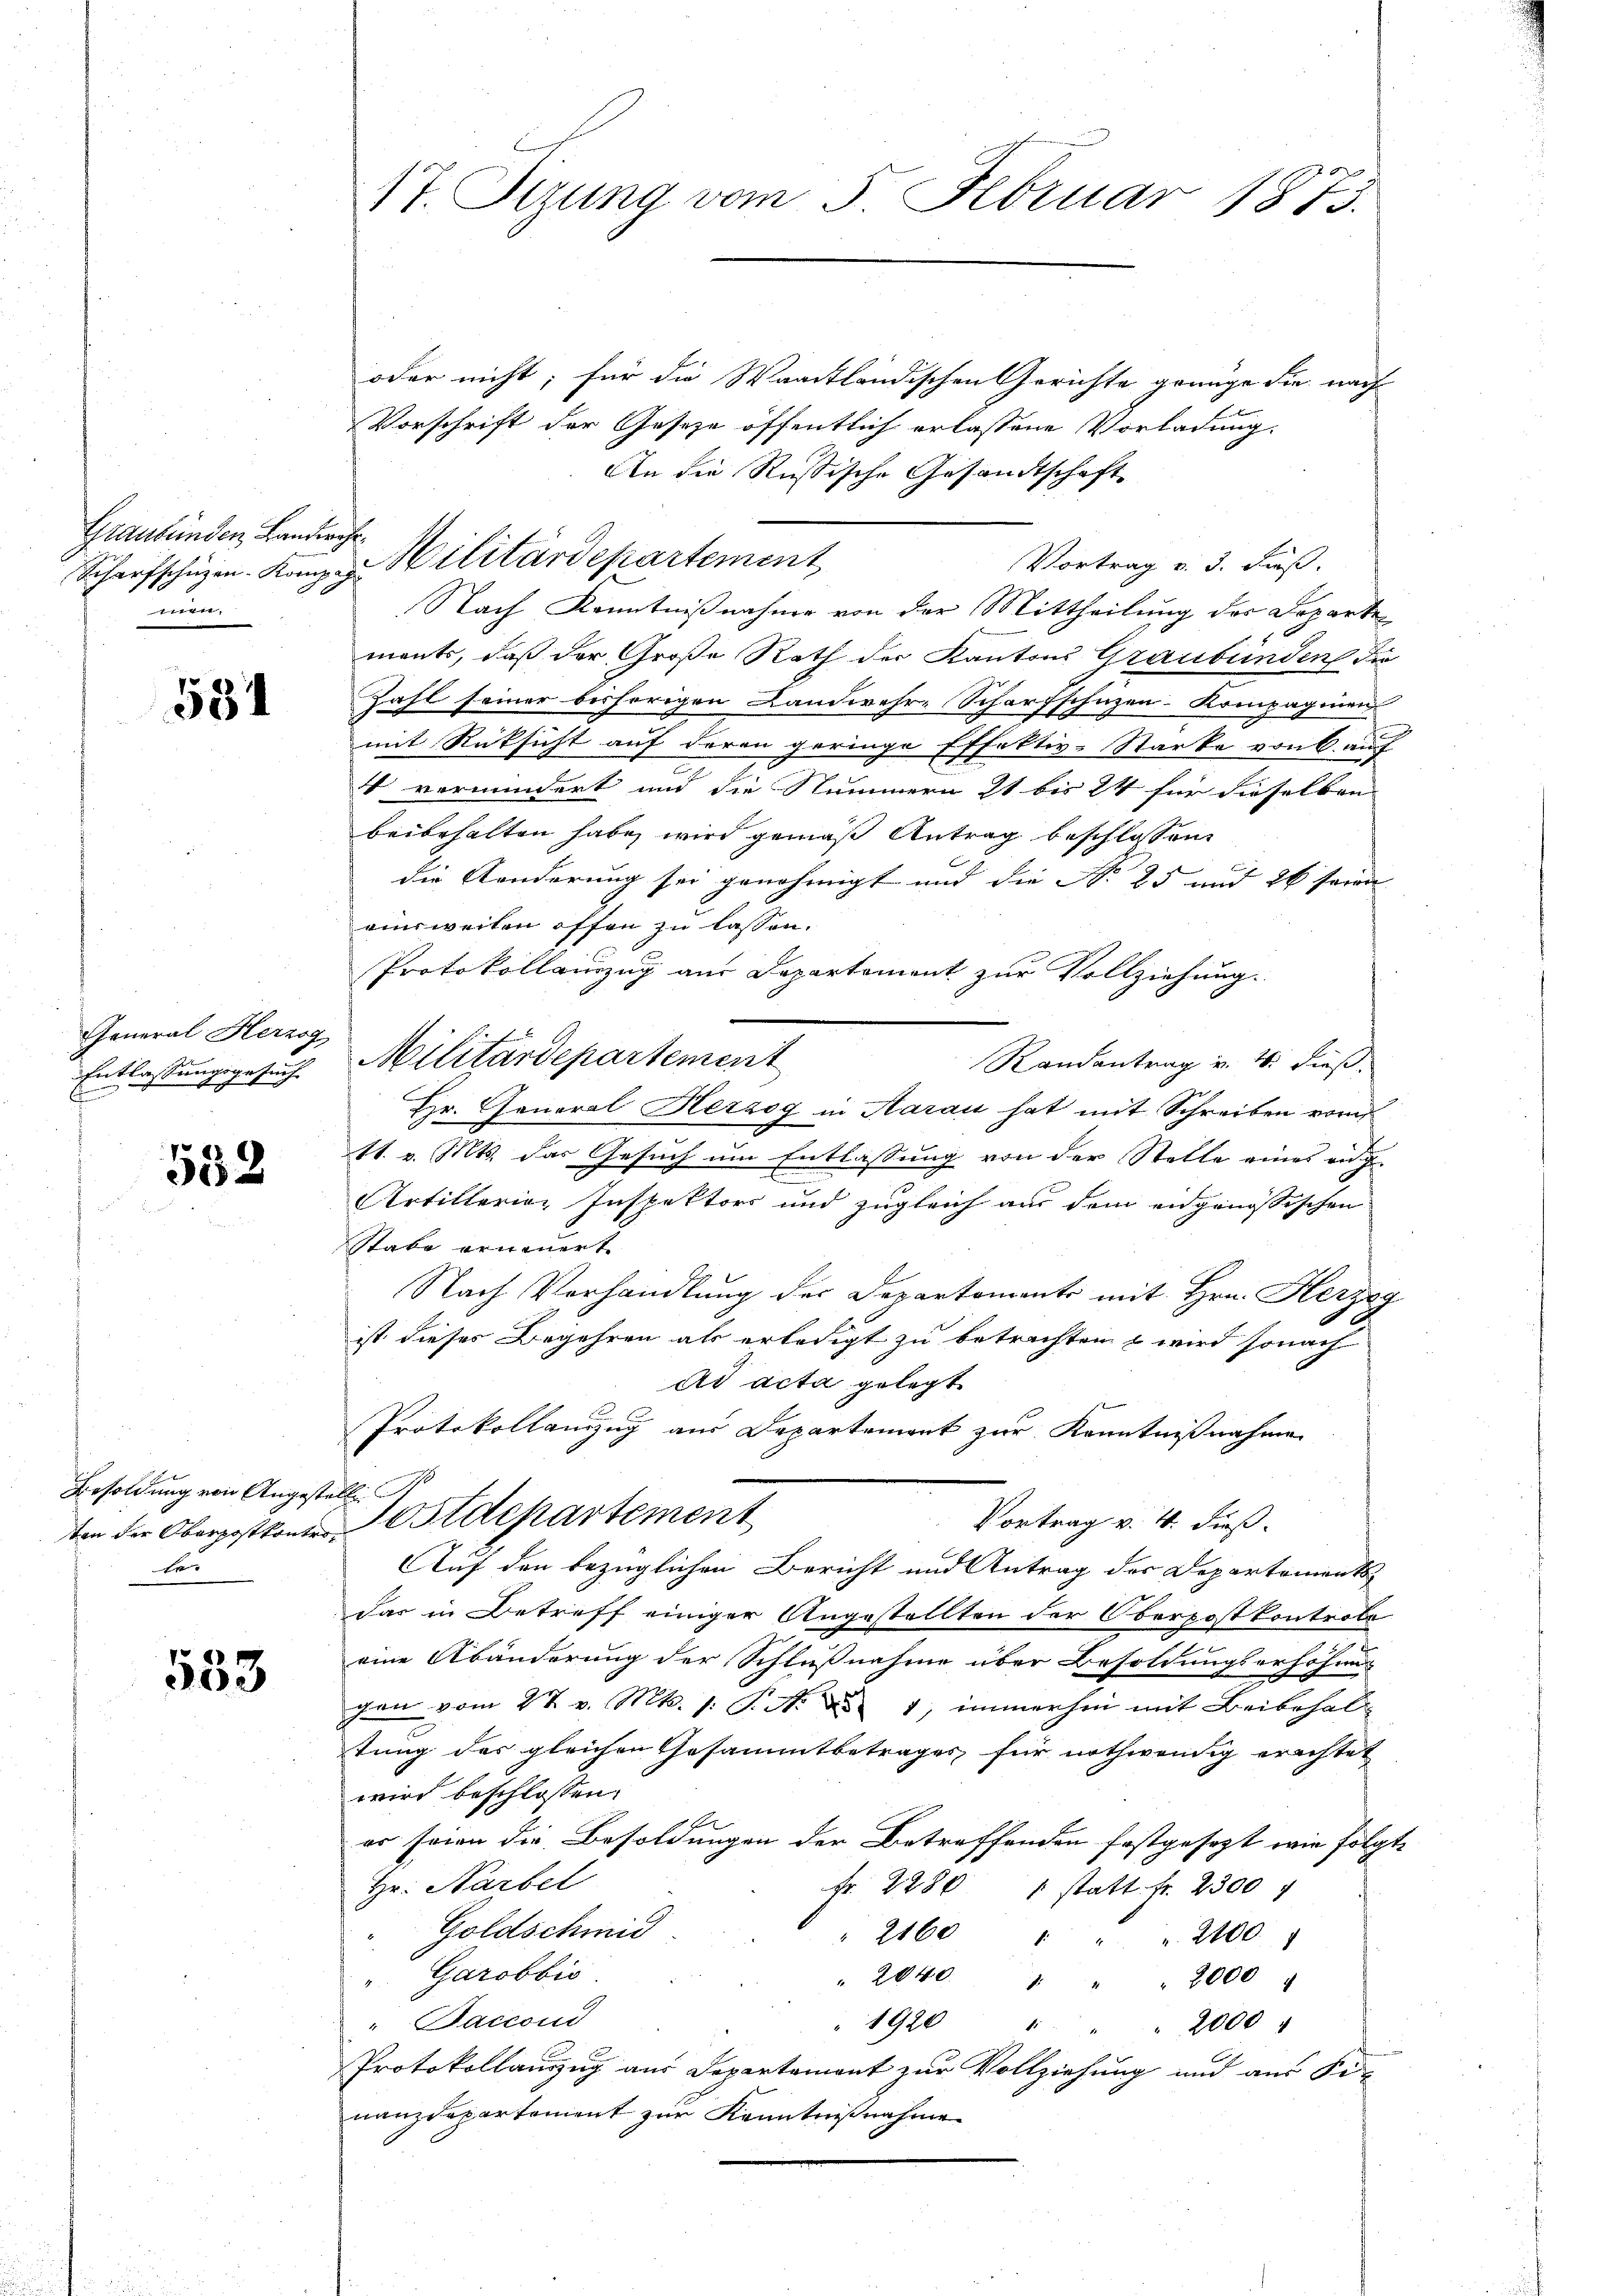
Graubünden Landwehr¬
.

531

General Herzog
Entlassungsgesuch

552

Besoldung von Angestelle
te.

553

oder nicht; für die Waadtländischen Gerichte grange die nach
Vorschrift der Geseze öffentlich erlassene Vorladung.
An die Russische Gesandtschaft
Vortrag v. 3. Fuß.
Nach Kenntnißnahme von der Mittheilung der Departe
mants, daß der Große Rath der Kantons Graubünden der
Zahl seiner beshörigen Landwehr-Scharfschüzen-Kompagnien
mit Rücksicht auf deren geringe Effektiv-Starke von 6 auf
4 vermindert und die Nummern 21 bis 24 für dieselben
beibehalten habe, wird gemäß Antrag beschlossen,
die Aenderung sei genehmigt und die No 25 und 26 seine
ainsweiten offen zu lassen.
Protokollamzug aus Departement zur Vollziehung.
Militärdepartement
Randantrag v. 4. dieß.
Hr. General Herzog in Aarau hat mit Schreiben vom
11. v. Mts. das Gesuch um Entlassung von der Stelle eines ang
Artillerien Inspektors und zugleich aus dem angenössischen
Stabe erneuert.
Nach Verhandlŭng der Departements mit Hrn. Herzog
ist dieses Begehren als erledigt zu betrachten & wird sonach
Ad acta gelegt
f
Protokollauszug aus Departement zur Kenntnißnahmen
Vortrag v. 4. dießten der Oberpostkone ostdepartement
Auf den bezüglichen Bericht und Antrag der Departements
das in Betreff einiger Angestellten der Oberpostkontrole
eine Abänderung der Schlußnahme über Besoldungserhöhen-
gen vom 27. v. Mts. 1. P. M. d. 1, immerhin mit Beibehaltung des gleichen Gesammtbetrages für nothwendig erachtet
wird beschlossen:
er seien der Besoldungen der Betreffenden festgesezt wir folgte
Hr. Narbel
Fr. 2280 " statt fr. 2300 f
Goldschmid
2160 "
2100
Garobbić.
" 2040 " " " 2000
"Saccond
" 1920 " " " 2000
Protokollauszug aus Departement zur Vollziehung und aus Si-
nanzdepartement zur Kenntnißnahmen

17. Sizung vom 5. Februar 1873.

Scharfschüzen. Komp. Militärdepartement